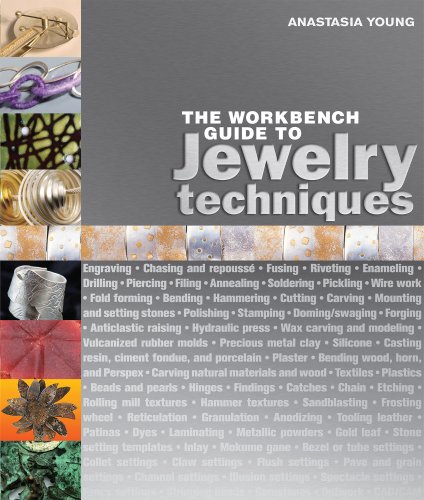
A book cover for The Workbench Guide to Jewelry Techniques; Anastasia Young; Crafts, Hobbies & Home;